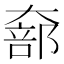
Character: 𫯵